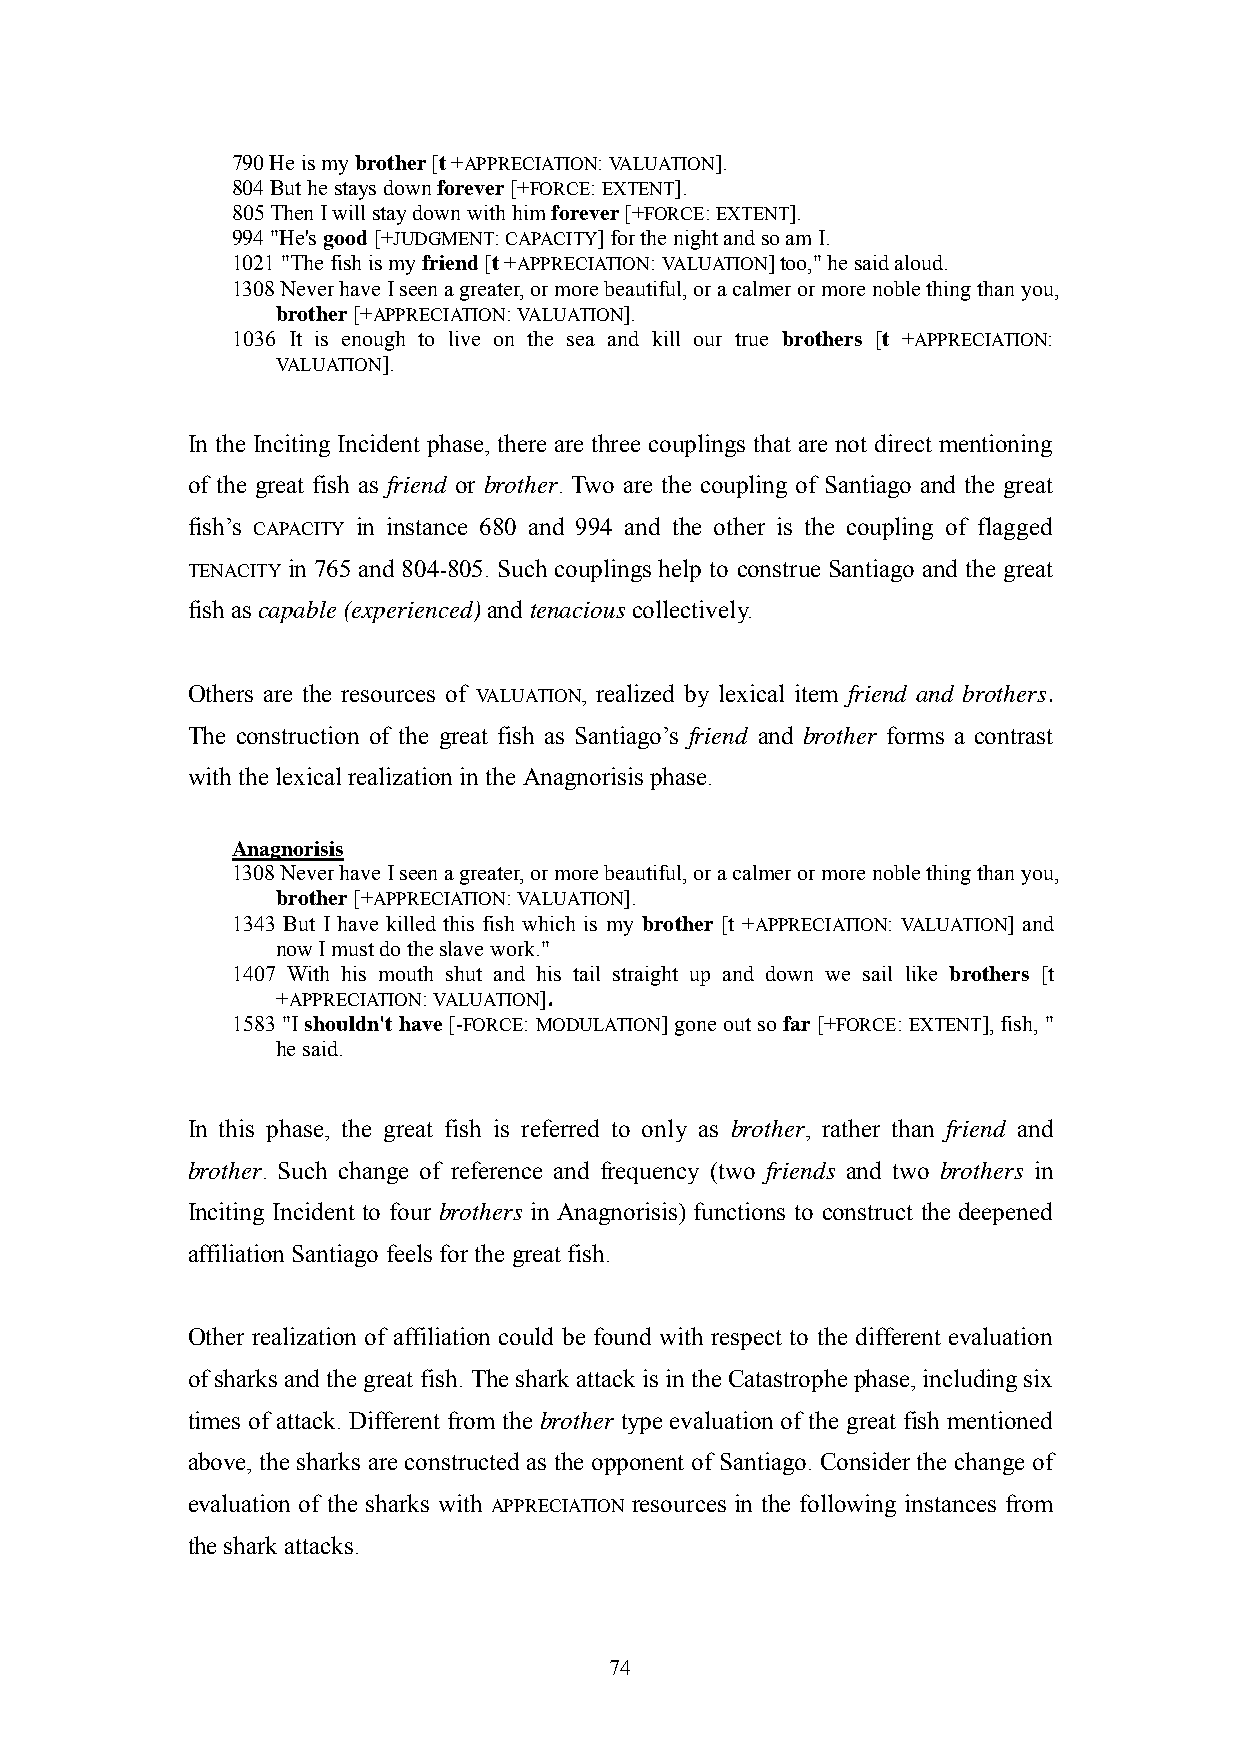
790 He is my brother [t +APPRECIATION: VALUATION].
 804 But he stays down forever [+FORCE: EXTENT].
 805 Then I will stay down with him forever [+FORCE: EXTENT].
 994 "He's good [+JUDGMENT: CAPACITY] for the night and so am I.
 1021 "The fish is my friend [t +APPRECIATION: VALUATION] too," he said aloud.
 1308 Never have I seen a greater, or more beautiful, or a calmer or more noble thing than you,
 brother [+APPRECIATION: VALUATION].
 1036 It is enough to live on the sea and kill our true brothers [t +APPRECIATION:
 VALUATION].
 In the Inciting Incident phase, there are three couplings that are not direct mentioning
 of the great fish as friend or brother. Two are the coupling of Santiago and the great
 fish‘s CAPACITY in instance 680 and 994 and the other is the coupling of flagged
 TENACITY in 765 and 804-805. Such couplings help to construe Santiago and the great
 fish as capable (experienced) and tenacious collectively.
 Others are the resources of VALUATION, realized by lexical item friend and brothers.
 The construction of the great fish as Santiago‘s friend and brother forms a contrast
 with the lexical realization in the Anagnorisis phase.
 Anagnorisis
 1308 Never have I seen a greater, or more beautiful, or a calmer or more noble thing than you,
 brother [+APPRECIATION: VALUATION].
 1343 But I have killed this fish which is my brother [t +APPRECIATION: VALUATION] and
 now I must do the slave work."
 1407 With his mouth shut and his tail straight up and down we sail like brothers [t
 +APPRECIATION: VALUATION].
 1583 "I shouldn't have [-FORCE: MODULATION] gone out so far [+FORCE: EXTENT], fish, "
 he said.
 In this phase, the great fish is referred to only as brother, rather than friend and
 brother. Such change of reference and frequency (two friends and two brothers in
 Inciting Incident to four brothers in Anagnorisis) functions to construct the deepened
 affiliation Santiago feels for the great fish.
 Other realization of affiliation could be found with respect to the different evaluation
 of sharks and the great fish. The shark attack is in the Catastrophe phase, including six
 times of attack. Different from the brother type evaluation of the great fish mentioned
 above, the sharks are constructed as the opponent of Santiago. Consider the change of
 evaluation of the sharks with APPRECIATION resources in the following instances from
 the shark attacks.
 74